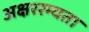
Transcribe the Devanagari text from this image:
अक्षररम्यता